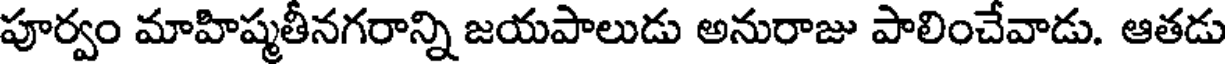
పూర్వం మాహిష్మతీనగరాన్ని జయపాలుడు అనురాజు పాలించేవాడు. ఆతడు